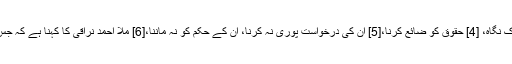
روایات میں اس کے جو مصادیق ذکر ہوئے ہیں وہ درج ذیل ہیں: غضبناک نگاہ، [4] حقوق کو ضائع کرنا،[5] ان کی درخواست پوری نہ کرنا، ان کے حکم کو نہ ماننا،[6] ملا احمد نراقی کا کہنا ہے کہ جس طریقے سے بھی والدین کو تکلیف پہنچائی جائے وہ عاق حساب ہو گی۔